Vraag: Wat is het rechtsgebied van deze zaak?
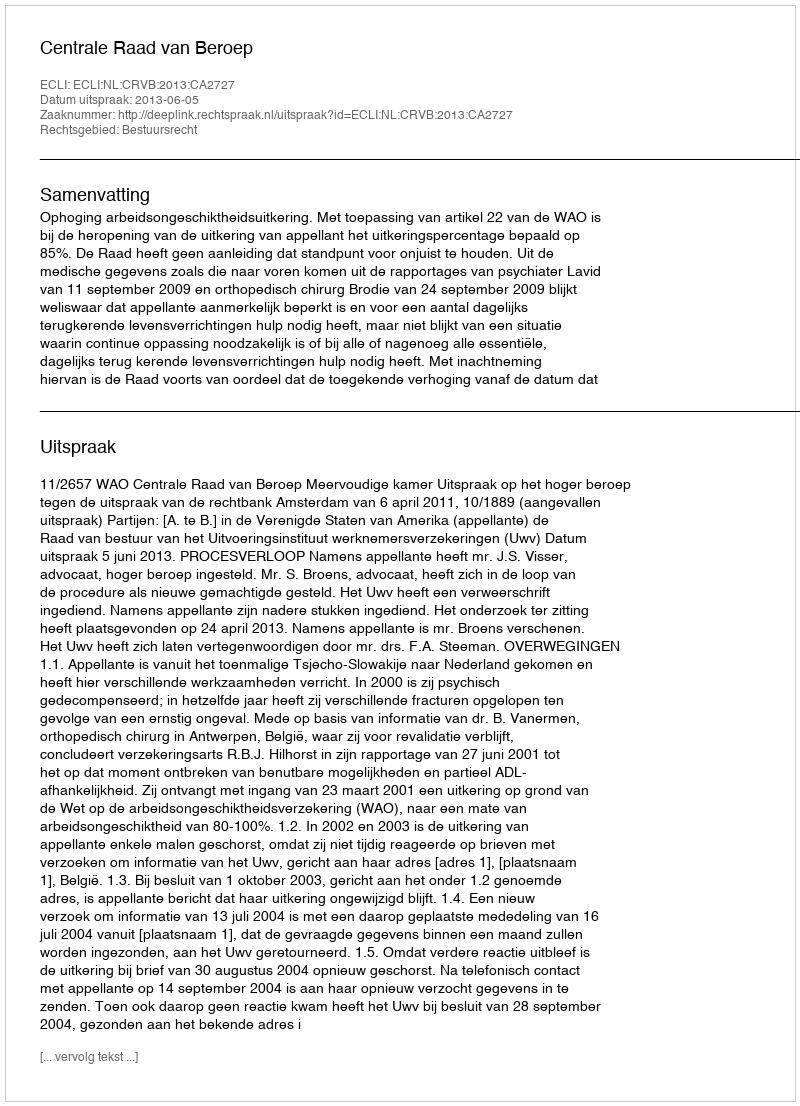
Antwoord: Bestuursrecht